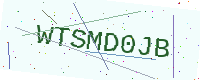
Text: WTSMD0JB